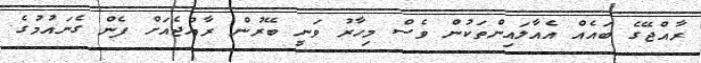
ރާއްޖޭގެ ބައެއް އެއާލައިންތަކުން ވެސް މިހާރު ވަނީ ބޭރުން ރާއްޖެއަށް ފެން ގެނައުމުގެ